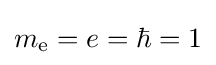
m_{\text{e}}=e=\hbar =1